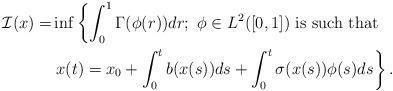
LaTeX: \begin{align*}\begin{aligned}\mathcal{I}(x)=&\inf\left\{\int^{1}_{0}\Gamma(\phi(r))dr; ~\phi\in L^2([0,1]) \ {\rm is \ such \ that \ } \right.\\&\left.x(t)=x_{0}+\int^{t}_{0}b(x(s))ds+\int^{t}_{0}\sigma(x(s))\phi(s)ds \right\}.\end{aligned}\end{align*}